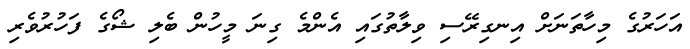
އަހަރުގެ މިހާތަނަށް އިނގިރޭސި ވިލާތުގައި އެންމެ ގިނަ މީހުން ބެލި ޝޯގެ ފަހުރުވެރި